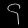
Digit: ၄